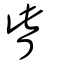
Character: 眥